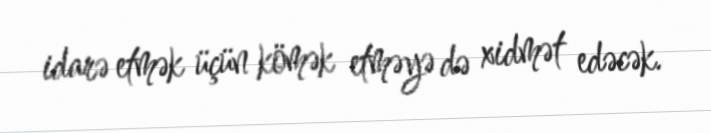
idarə etmək üçün kömək etməyə də xidmət edəcək.